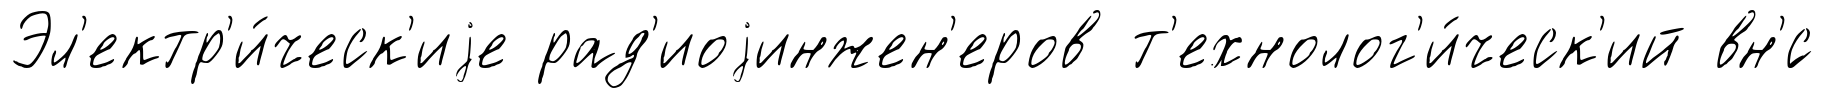
Эл'ектр'и́ческ'иjе рад'иоjинжен'еров т'ехнолог'и́ческ'ий вн'́с